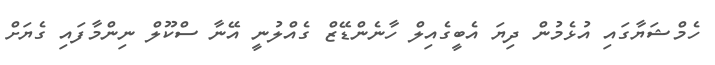
ހެމްޝަޔާގައި އުޅެމުން ދިޔަ އެބީގެއިލް ހާނެންޑޭޒް ގެއްލުނީ އޭނާ ސްކޫލް ނިންމާފައި ގެޔަށް